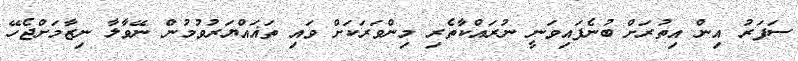
ސަފަރު އިން އިތުރަށް ބުނެފައިވަނީ ނުރައްކާތެރި މިންވަރަކަށް ވައި ތަޣައްޔަރުވުމުން ނޭވާލާ ނިޒާމަށްޖެހޭ